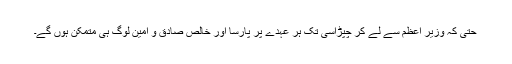
حتیٰ کہ وزیر اعظم سے لے کر چپڑاسی تک ہر عہدے پر پارسا اور خالص صادق و امین لوگ ہی متمکن ہوں گے۔